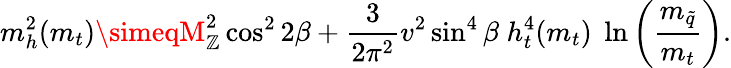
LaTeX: m_{h}^{2}(m_{t})\simeqM_{\mathbb{Z}}^{2}\cos^{2}2\beta+\frac{{3}}{{2\pi^{2}}}v^{2}\sin^{4}\beta\; h_{t}^{4}(m_{t})\; \ln\left(\frac{{m_{\tilde{{q}}}}}{{m_{t}}}\right).